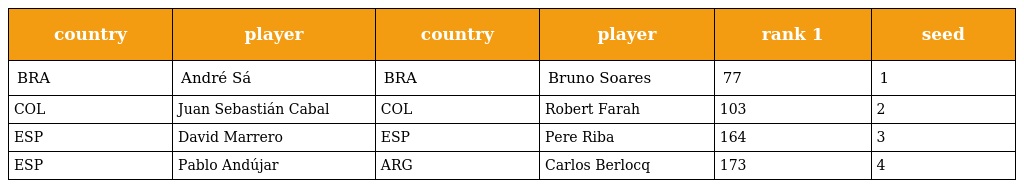
| country | player | country | player | rank 1 | seed |
 | --- | --- | --- | --- | --- | --- |
 | BRA | André Sá | BRA | Bruno Soares | 77 | 1 |
 | COL | Juan Sebastián Cabal | COL | Robert Farah | 103 | 2 |
 | ESP | David Marrero | ESP | Pere Riba | 164 | 3 |
 | ESP | Pablo Andújar | ARG | Carlos Berlocq | 173 | 4 |